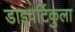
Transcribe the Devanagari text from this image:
डाइवर्टिकुला